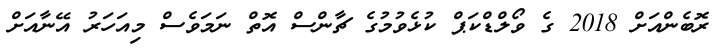
ރޮބެންއަށް 2018 ގެ ވޯލްޑްކަޕް ކުޅެވުމުގެ ޗާންސް އޮތް ނަމަވެސް މިއަހަރު އޭނާއަށް